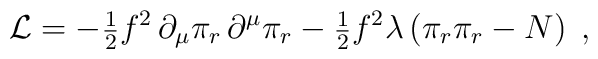
{\cal L}=-\mbox{\small$\frac{1}{2}$}f^2\,\partial_\mu\pi_r\,\partial^\mu\pi_r- \mbox{\small$\frac{1}{2}$}f^2\lambda\left(\pi_r\pi_r-N\right)\;,